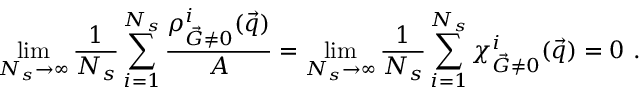
\operatorname* { l i m } _ { N _ { s } \to \infty } \frac { 1 } { N _ { s } } \sum _ { i = 1 } ^ { N _ { s } } \frac { { \rho _ { \vec { G } \neq 0 } ^ { i } ( \vec { q } ) } } { A } = \operatorname* { l i m } _ { N _ { s } \to \infty } \frac { 1 } { N _ { s } } \sum _ { i = 1 } ^ { N _ { s } } { \chi _ { \vec { G } \neq 0 } ^ { i } ( \vec { q } ) } = 0 \ .